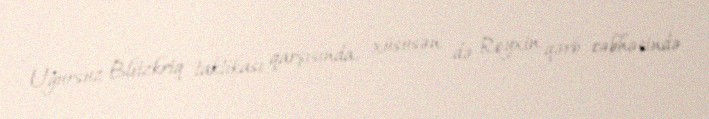
Uğursuz Blitzkriq taktikası qarşısında, xüsusən də Reyxin qərb cəbhəsində